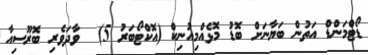
ޑޯޓްމަންޑް އަތުން ބަޔާނަށް ބޮޑު މޮޅެއްމިއުނިކް (އޮކްޓޯބަރު 5)  ވާދަވެރި ބޮރޫސިއާ